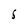
Character: 5